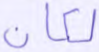
لكان